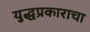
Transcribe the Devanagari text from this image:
युद्धप्रकाराचा